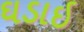
ઘડાઇ